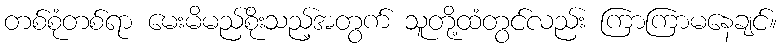
တစ်စုံတစ်ရာ မေးမိမည်စိုးသည့်အတွက် သူတို့ထံတွင်လည်း ကြာကြာမနေချင်။